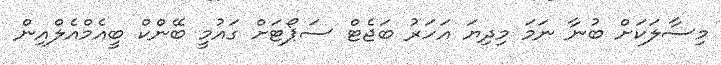
މިސާލަކަށް ބުނާ ނަމަ މިދިޔަ އަހަރު ބަޖެޓް ސަޕޯޓަށް ގައުމީ ބޭންކް ބީއެމްއެލްއިން